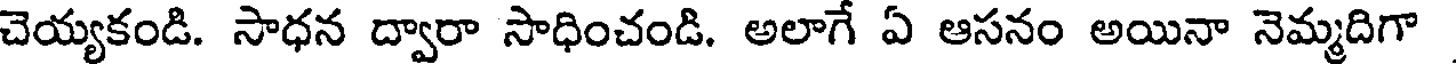
చెయ్యకండి. సాధన ద్వారా సాధించండి. అలాగే ఏ ఆసనం అయినా నెమ్మదిగా